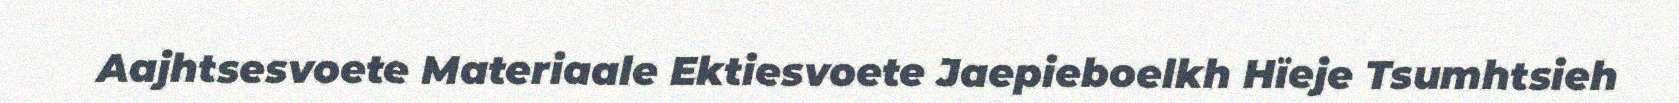
Aajhtsesvoete Materiaale Ektiesvoete Jaepieboelkh Hïeje Tsumhtsieh